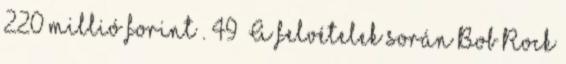
220 millió forint . 49 A felvételek során Bob Rock